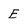
Character: E